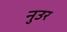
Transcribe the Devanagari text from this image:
नुउर